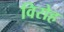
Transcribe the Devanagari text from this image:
विरोह